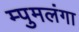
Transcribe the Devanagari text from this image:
म्पुमलंगा